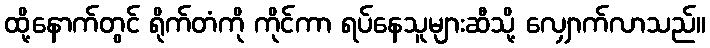
ထို့နောက်တွင် ရိုက်တံကို ကိုင်ကာ ရပ်နေသူများဆီသို့ လျှောက်လာသည်။